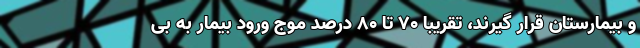
و بیمارستان قرار گیرند، تقریبا ۷۰ تا ۸۰ درصد موج ورود بیمار به بی